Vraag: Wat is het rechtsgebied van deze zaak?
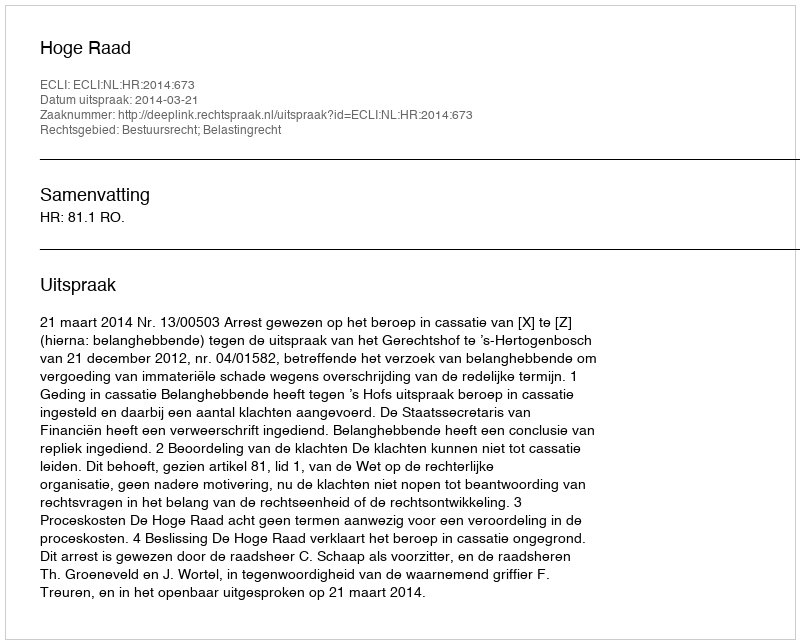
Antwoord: Bestuursrecht; Belastingrecht